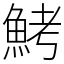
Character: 鮳